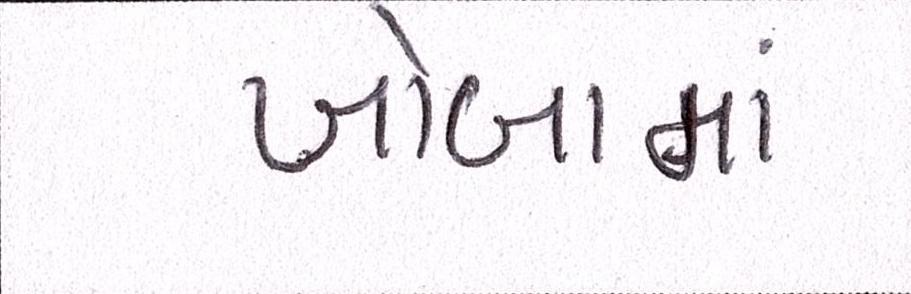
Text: ખોબામાં